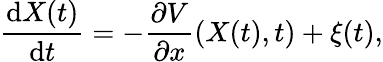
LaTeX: \frac{\mathrm{d}X(t)}{\mathrm{d}t}=-\frac{\partial V}{\partial x}(X(t),t)+\xi(t),